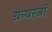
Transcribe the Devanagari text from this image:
ग्रन्थरत्नों